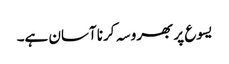
یسوع پر بھروسہ کرنا آسان ہے۔